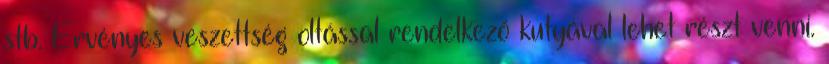
stb. Érvényes veszettség oltással rendelkező kutyával lehet részt venni.